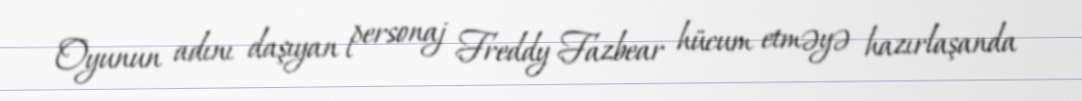
Oyunun adını daşıyan personaj Freddy Fazbear hücum etməyə hazırlaşanda